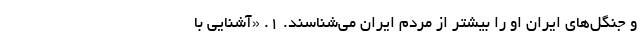
و جنگل‌های ایران او را بیشتر از مردم ایران می‌شناسند. ۱. «آشنایی با